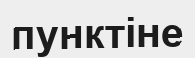
пунктіне